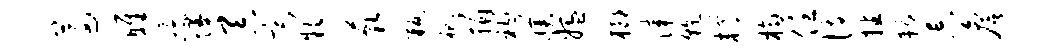
遵雎凭墁吞斋款藐叛祀捐衲濮媪榔漆干樽桷任恃播耨忘詹